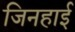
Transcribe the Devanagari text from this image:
जिनहाई